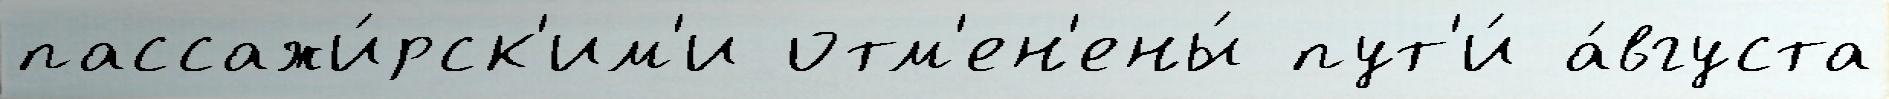
пассажи́рск'им'и отм'ен'ены́ пут'и́ а́вгуста